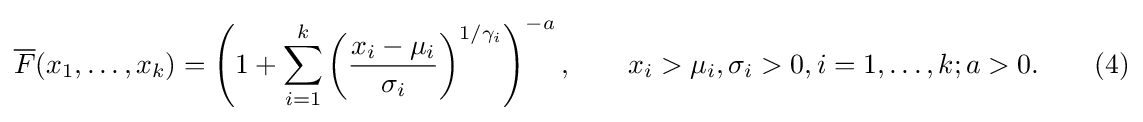
{\overline {F}}(x_{1},\dots ,x_{k})=\left(1+\sum _{i=1}^{k}\left({\frac {x_{i}-\mu _{i}}{\sigma _{i}}}\right)^{1/\gamma _{i}}\right)^{-a},\qquad x_{i}>\mu _{i},\sigma _{i}>0,i=1,\dots ,k;a>0.\qquad (4)